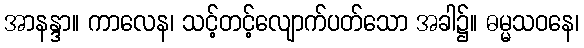
အာနန္ဒာ။ ကာလေန၊ သင့်တင့်လျောက်ပတ်သော အခါ၌။ ဓမ္မသဝနေ၊